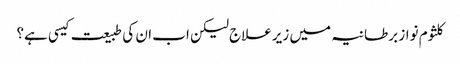
کلثوم نواز برطانیہ میں زیرعلاج لیکن اب ان کی طبیعت کیسی ہے؟